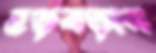
হড়বড়ান